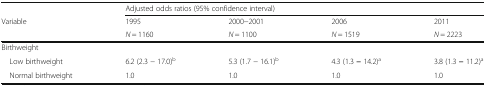
<table><thead><tr><td></td><td colspan="4"><b>Adjusted odds ratios (95% confidence interval)</b></td></tr><tr><td><b>Variable</b></td><td><b>1995</b></td><td><b>2000−2001</b></td><td><b>2006</b></td><td><b>2011</b></td></tr><tr><td></td><td><b><i>N</i> = 1160</b></td><td><b><i>N</i> = 1100</b></td><td><b><i>N</i> = 1519</b></td><td><b><i>N</i> = 2223</b></td></tr></thead><tbody><tr><td colspan="5">Birthweight</td></tr><tr><td> Low birthweight</td><td>6.2 (2.3 − 17.0)<sup>b</sup></td><td>5.3 (1.7 − 16.1)<sup>b</sup></td><td>4.3 (1.3 <b>−</b> 14.2)<sup>a</sup></td><td>3.8 (1.3 <b>−</b> 11.2)<sup>a</sup></td></tr><tr><td> Normal birthweight</td><td>1.0</td><td>1.0</td><td>1.0</td><td>1.0</td></tr></tbody></table>